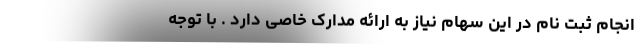
انجام ثبت نام در این سهام نیاز به ارائه مدارک خاصی دارد . با توجه